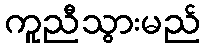
ကူညီသွားမည်